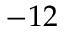
- 1 2